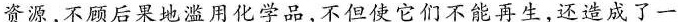
资源，不顾后果地滥用化学品，不但使它们不能再生，还造成了一